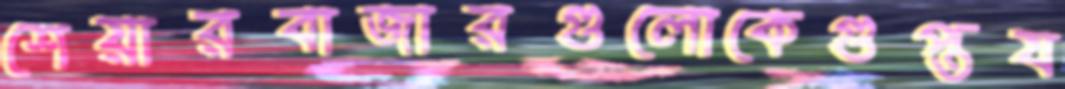
শেয়ারবাজারগুলোকেগুপ্তয